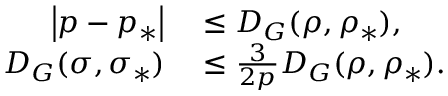
\begin{array} { r l } { \left\vert p - p _ { \ast } \right\vert } & { { } \leq D _ { G } ( \rho , \rho _ { \ast } ) , } \\ { D _ { G } ( \sigma , \sigma _ { \ast } ) } & { { } \leq \frac { 3 } { 2 p } D _ { G } ( \rho , \rho _ { \ast } ) . } \end{array}